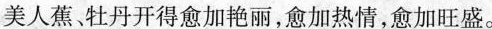
美人蕉，牡丹开得愈加艳丽，愈加热情，愈加旺盛。